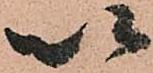
以